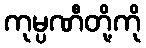
ကုမ္ပဏီတို့ကို